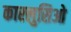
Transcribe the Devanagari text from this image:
कारलुसिओ